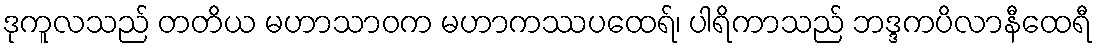
ဒုကူလသည် တတိယ မဟာသာဝက မဟာကဿပထေရ်၊ ပါရိကာသည် ဘဒ္ဒကပိလာနီထေရီ